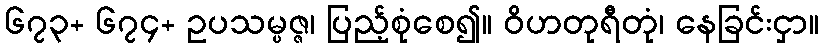
၆၇၃+ ၆၇၄+ ဥပသမ္ပဇ္ဇ၊ ပြည့်စုံစေ၍။ ဝိဟတုရီတုံ၊ နေခြင်းငှာ။